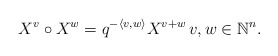
\begin{align*}X^v \circ X^w = q^{ -\langle v, w \rangle} X^{v+w} \, v,w\in \mathbb{N}^n.\end{align*}